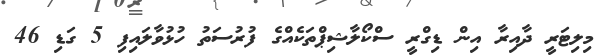
މިލިޓަރީ ދާއިރާ އިން ޑިގްރީ ސްކޯލާޝިޕްތަކެއްގެ ފުރުސަތު ހުޅުވާލައިފި 5 ގަޑި 46